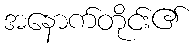
အနောက်တိုင်း၏